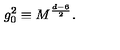
g _ { 0 } ^ { 2 } \equiv M ^ { \frac { d - 6 } { 2 } } .